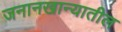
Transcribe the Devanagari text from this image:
जनानखान्यातील